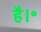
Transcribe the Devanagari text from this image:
है।॰